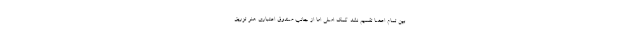
بین تمام اعضا تقسیم نشد. کمک اصلی اما از جانب صندوق اعتباری هنر تزریق